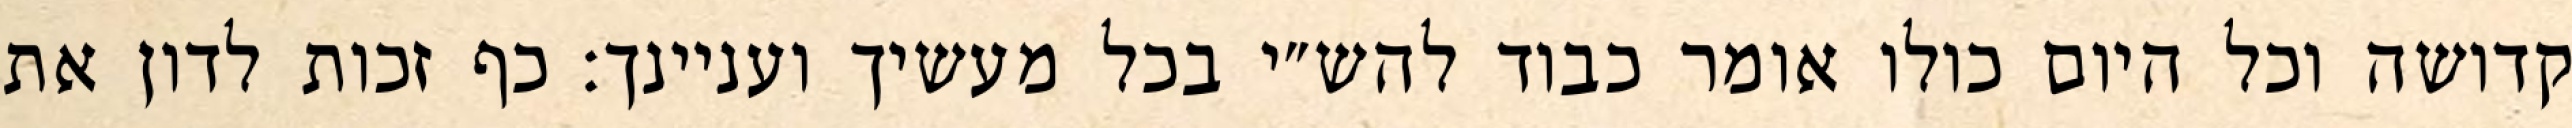
קדושה וכל היום כולו אומר כבוד להש״י בכל מעשיך ועניינך: כף זכות לדון את